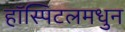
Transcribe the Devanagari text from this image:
हॉस्पिटलमधुन